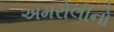
અમરોલીનો